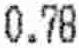
0.78